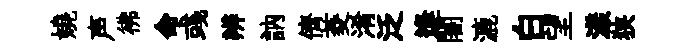
嬈声彿命彧辨訥儕菱淆泛逢闍漉白望漾狭